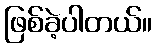
ဖြစ်ခဲ့ပါတယ်။